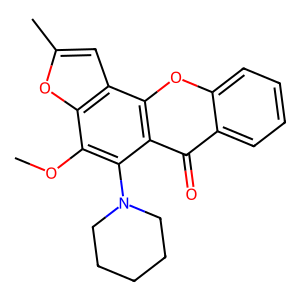
SMILES: COc1c(N2CCCCC2)c2c(=O)c3ccccc3oc2c2cc(C)oc12
Inhibits HIV replication: No